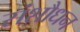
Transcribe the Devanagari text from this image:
संशौधन